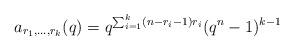
LaTeX: \begin{align*}a_{r_1, \ldots, r_k}(q) = q^{\sum_{i = 1}^k (n - r_i - 1)r_i} (q^n - 1)^{k - 1}\end{align*}